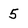
Character: 5